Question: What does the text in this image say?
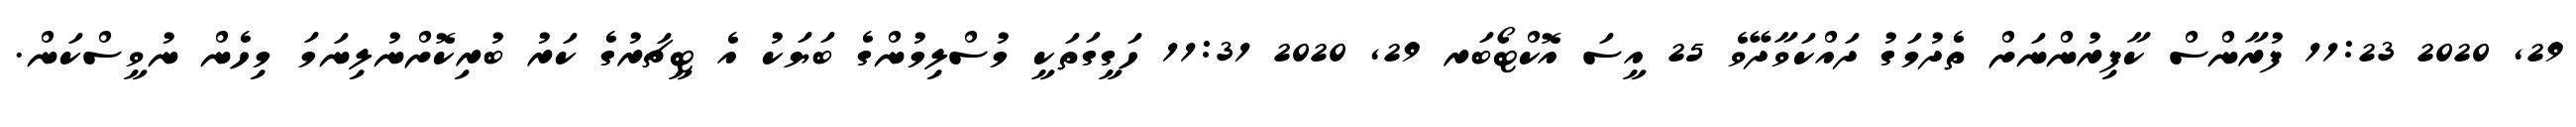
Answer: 29, 2020 11:23 ފުރާންސް ކާފިރުންނަށް ތެދުމަގު ދައްކަވާދޭވެ 25 އީސަ އޮކްޓޯބަރ 29, 2020 11:31 ހަގީގަތަކީ މުސްލިމުންގެ ބަޔަކު އެ ޓީޗަރުގެ ކަރު ބުރިކޮށްނުލިނަމަ މިހެން ނުވީސްކަން.